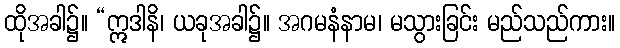
ထိုအခါ၌။ “ဣဒါနိ၊ ယခုအခါ၌။ အဂမနံနာမ၊ မသွားခြင်း မည်သည်ကား။